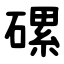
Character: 磥